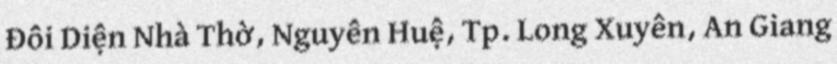
Đối Diện Nhà Thờ, Nguyễn Huệ, Tp. Long Xuyên, An Giang